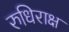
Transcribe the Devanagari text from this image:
रुधिराक्ष